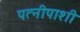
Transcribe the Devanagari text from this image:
पत्नीपाशी